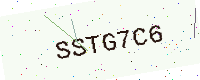
Text: SSTG7C6